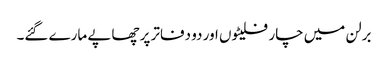
برلن میں چار فلیٹوں اور دو دفاتر پر چھاپے مارے گئے۔